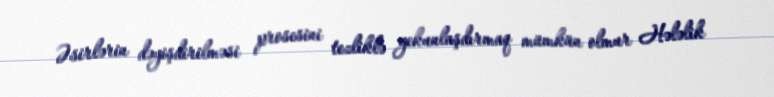
Əsirlərin dəyişdirilməsi prosesini tezliklə yekunlaşdırmaq mümkün olmur Hələlik